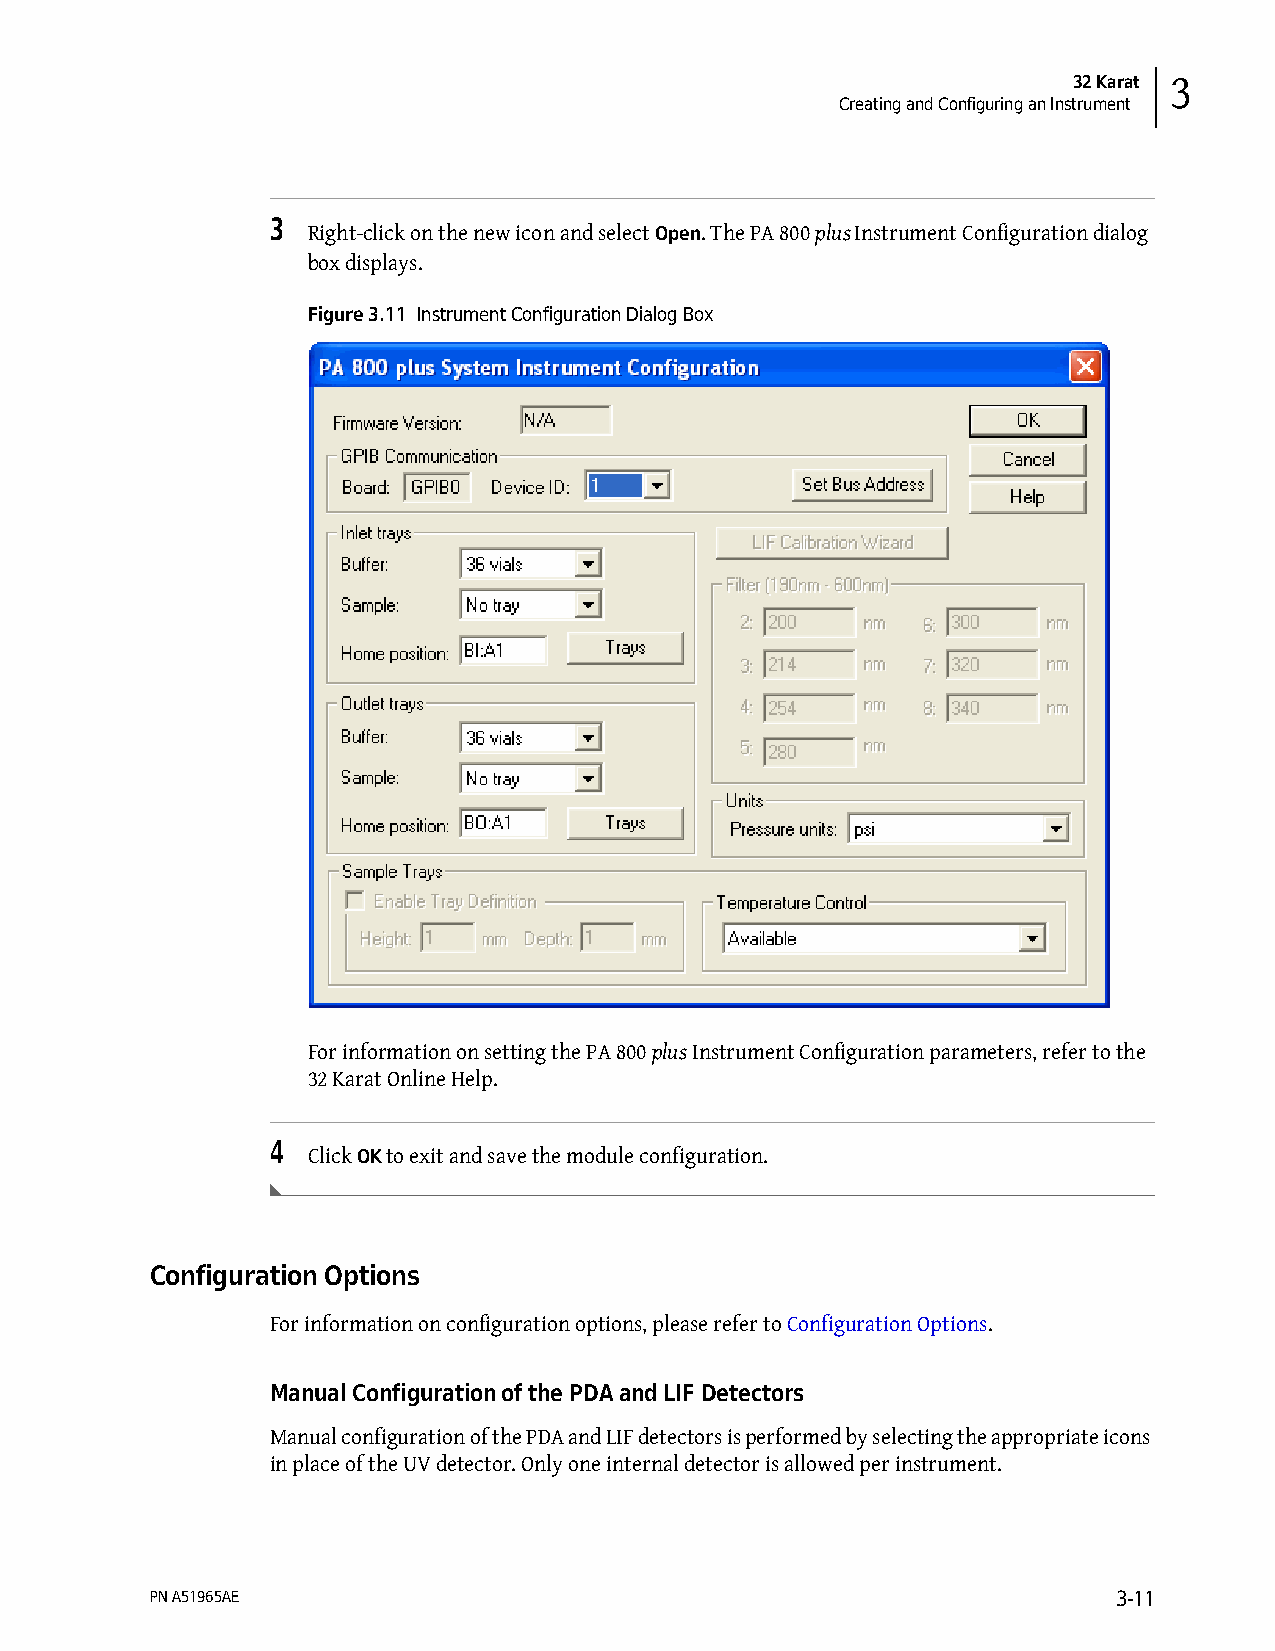
32 Karat 3
 Creating and Configuring an Instrument
 3
 Right-click on the new icon and select Open. The PA 800 plus Instrument Configuration dialog
 box displays.
 Figure 3.11 Instrument Configuration Dialog Box
 For information on setting the PA 800 plus Instrument Configuration parameters, refer to the
 32 Karat Online Help.
 4
 Click OK to exit and save the module configuration.
 Configuration Options
 For information on configuration options, please refer to Configuration Options.
 Manual Configuration of the PDA and LIF Detectors
 Manual configuration of the PDA and LIF detectors is performed by selecting the appropriate icons
 in place of the UV detector. Only one internal detector is allowed per instrument.
 PN A51965AE                                                     3-11